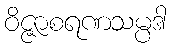
ဝိဇ္ဇာစရဏသမ္ပဒါ